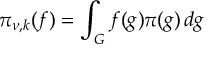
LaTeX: \pi _ { \nu , k } ( f ) = \int _ { G } f ( g ) \pi ( g ) \, d g